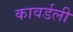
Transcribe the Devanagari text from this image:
कावर्डली